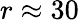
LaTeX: r\approx 30